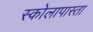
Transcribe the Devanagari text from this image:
स्कोलापास्ता